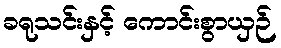
ခရုသင်းနှင့် ကောင်းစွာယှဉ်